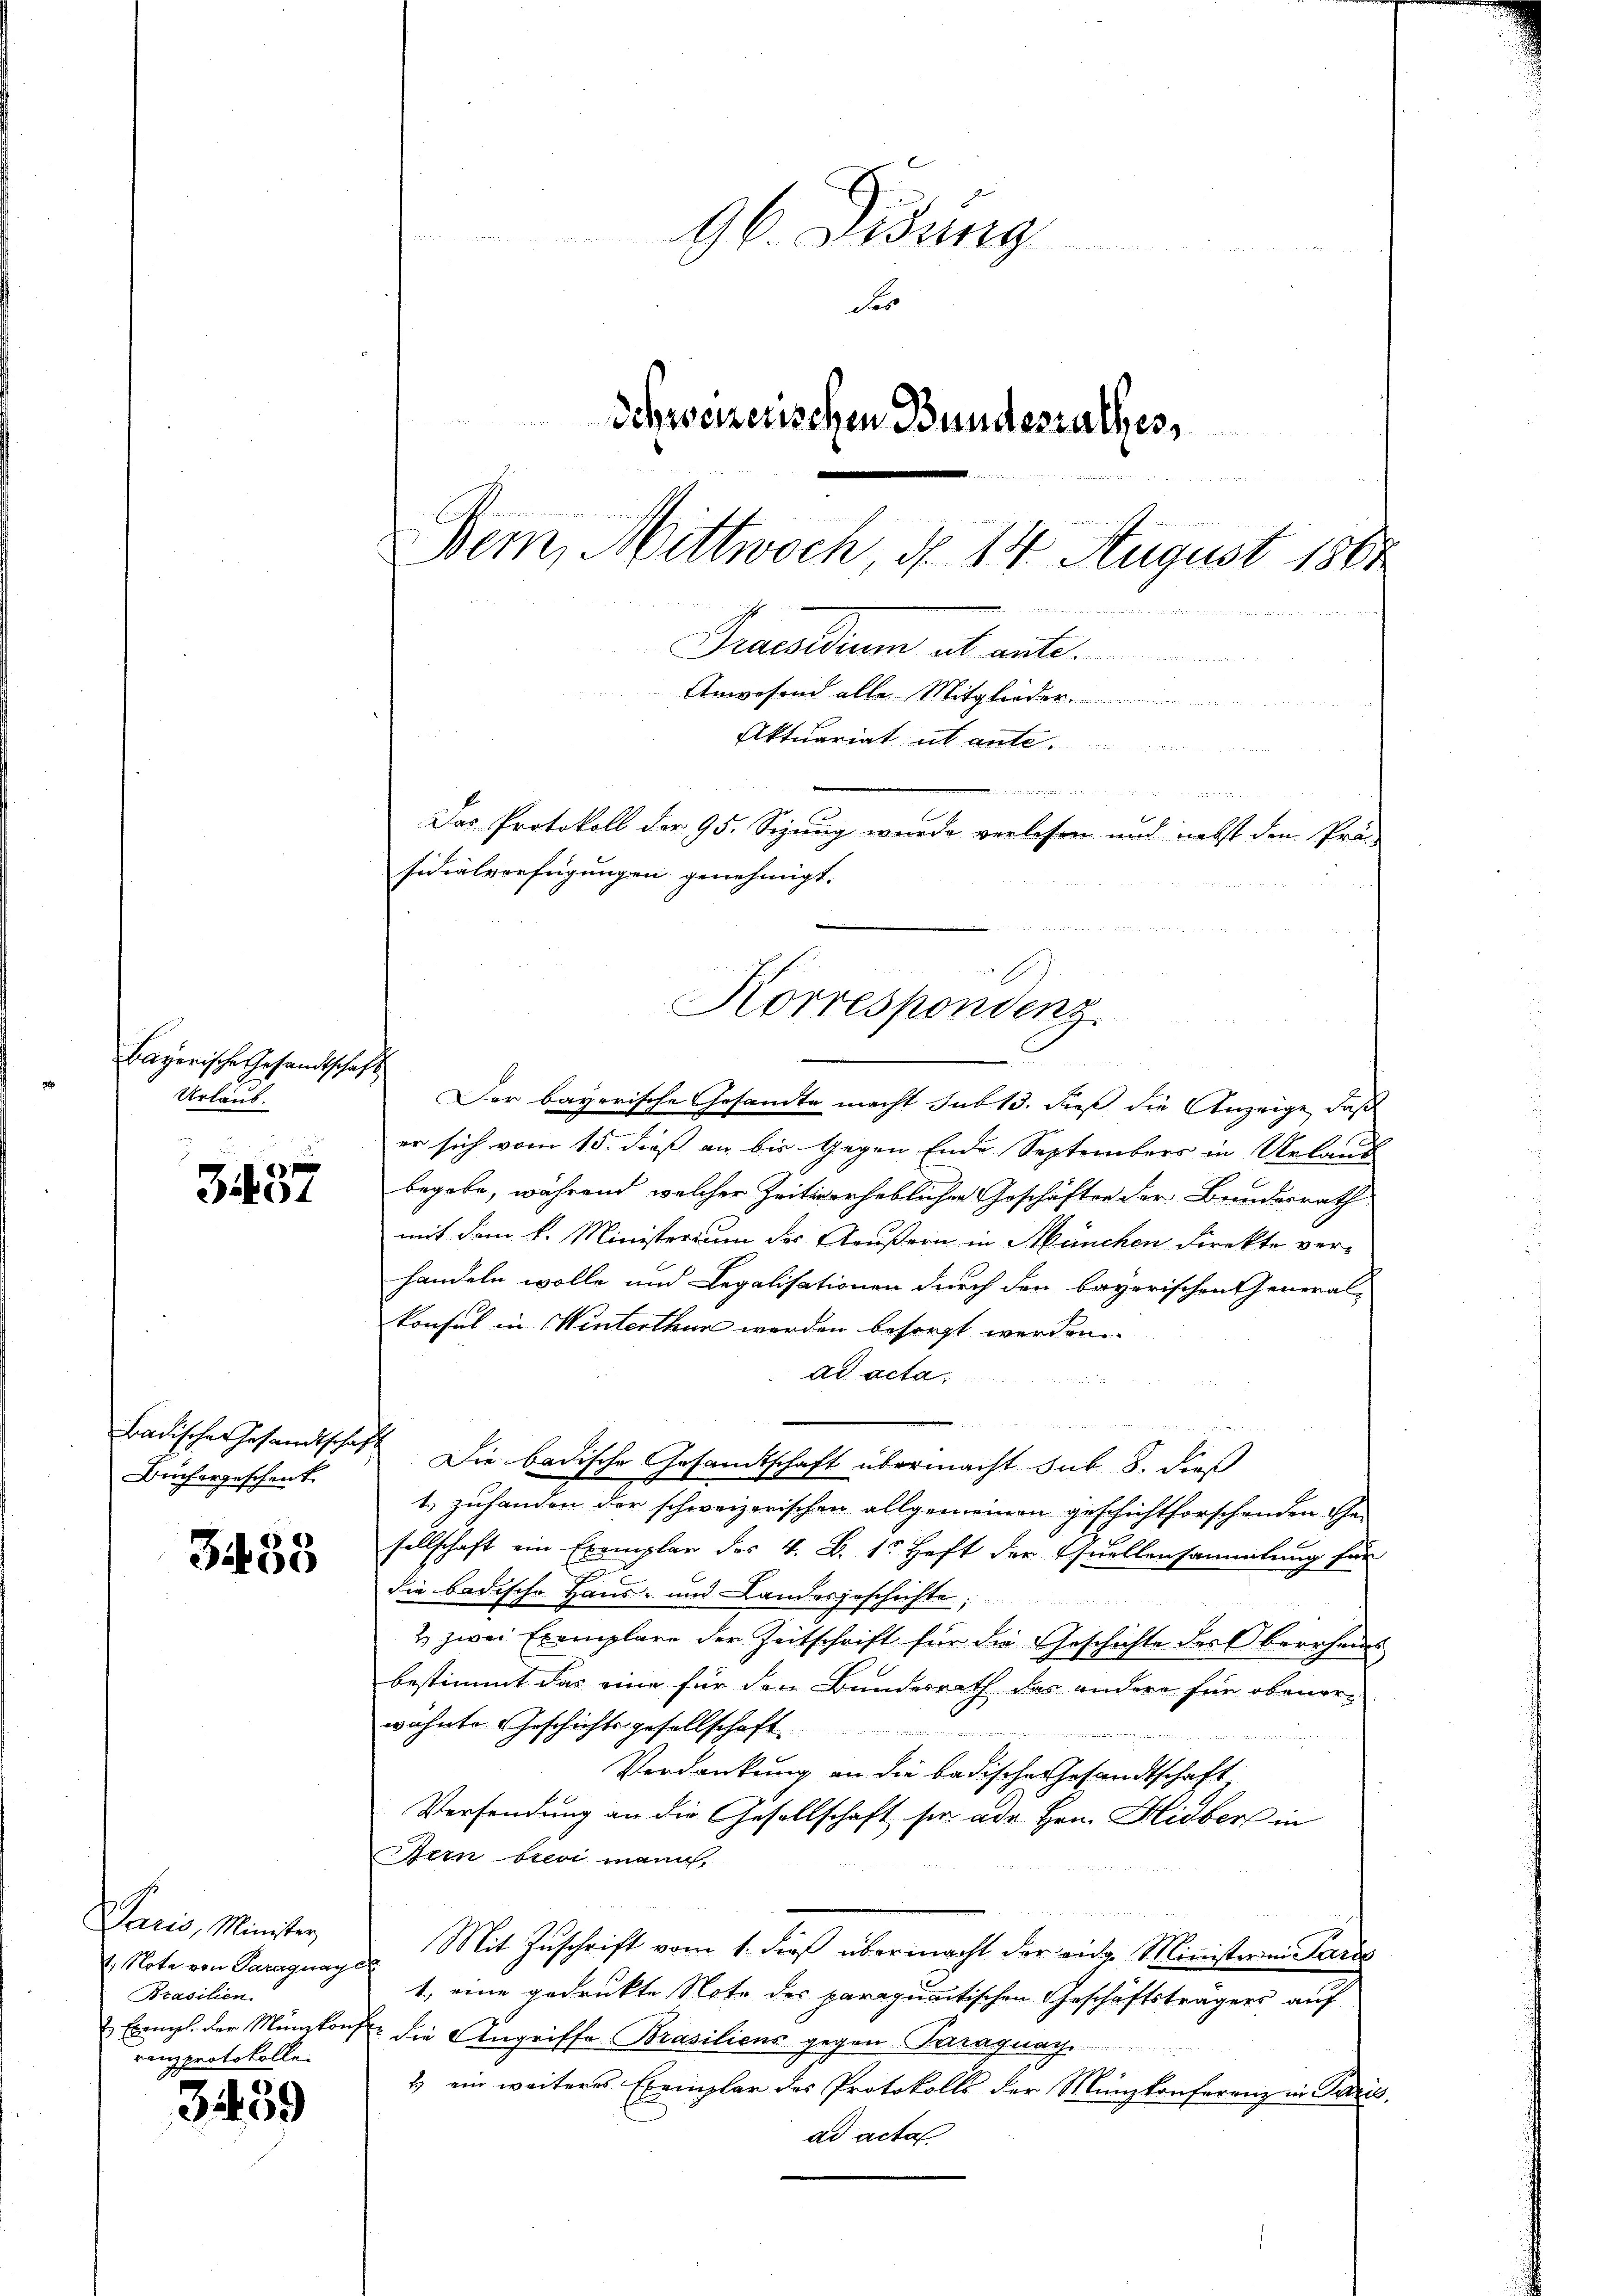
Bayerische Gesandtscha
Urlaub.

s
Biko

Badische Gesandtschaf
Beichergeschenk

3438

Paris, Minister
4. Note von Paraguage
Prasilien.
 Exempl. der Münzkreis
renzprotokoll

3459

96. Didung
des
Schweizerischen Bundesrathes,
n
Bern, Mittwoch, d. 14. August 1861
nneren

den
Das Protokoll der 95. Sezung wurde verlesen und nebst den Prä-
sidialverfügungen genehmigt.
n
Korrespondenz

Praesidium ab ante.
Anwesend alle Mitglieder

Aktuariat abante

Der bayerische Gesandte macht sub 13. dieß die Anzeige, daß
er sich vom 15. dieß an bis Gegen Ende Septembers in Urlaus
begebe, während welcher Zeitig erheblichen Geschäften der Bundesrath
mit dem k. Ministerium des Aeußern in München Direkte verhandeln wolle und Legalisationen durch den bayerischen General-
konsul in Winterthur werden besorgt werden.
ad acta
 Die badische Gesandtschaft übermacht sub 8. dieß
1.) zuhanden der schweizerischen allgemeinen geschichtforschenden Ehesellschaft ein Exemplar des 4. B. 1. Heft der Quellensammlung für
die badische Haus- und Landesgeschichte
& zwei Exemplare der Zeitschrift für die Geschichte des Oberrheis
bestimmt das eine für den Bundesrath das andere für obener-
wähnte Geschichtsgesellschaft

Verdankung an die badische Gesandtschaft
Versendung an die Gesellschaft sie ade. Hrn. Hidber in
dern so mann,
Mit Zŭschrift vom 1. dieß übermacht der eidg. Ministern Paris
1., eine gedrukte Note des paraquantischen Geschäftsträgers auf
 die Angriffe Brasiliens gegen Paragung.
2) ein weiteres Exemplar des Protokolls der Münzkonferenz in Paris.
ad acta